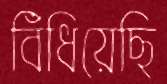
বিঁধিয়েছি